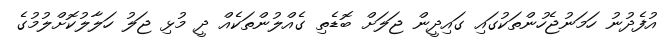
އުފެދުނު ހަމަނުޖެހުންތަކުގައި ގައިދީން ޖަލަށް ބޮޑެތި ގެއްލުންތަކެއް ދީ މުޅި ޖަލު ހަލާލުކޮށްލުމުގެ